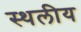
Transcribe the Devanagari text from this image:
स्‍थलीय